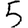
Digit: 5